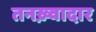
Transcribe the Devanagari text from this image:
तनख़्वादार